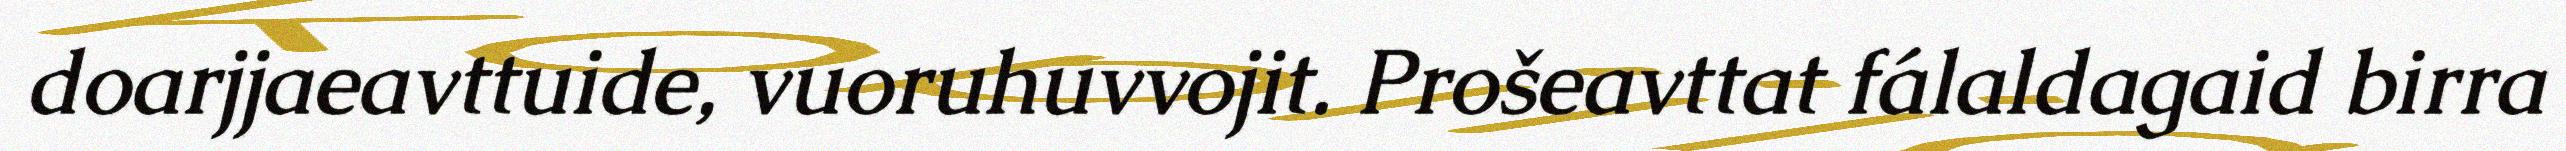
doarjjaeavttuide, vuoruhuvvojit. Prošeavttat fálaldagaid birra